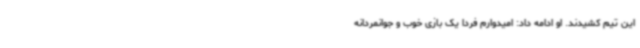
این تیم کشیدند. او ادامه داد: امیدوارم فردا یک بازی خوب و جوانمردانه